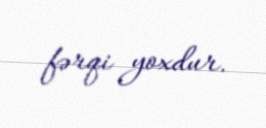
fərqi yoxdur.